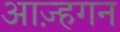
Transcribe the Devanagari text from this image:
आज़्हगन